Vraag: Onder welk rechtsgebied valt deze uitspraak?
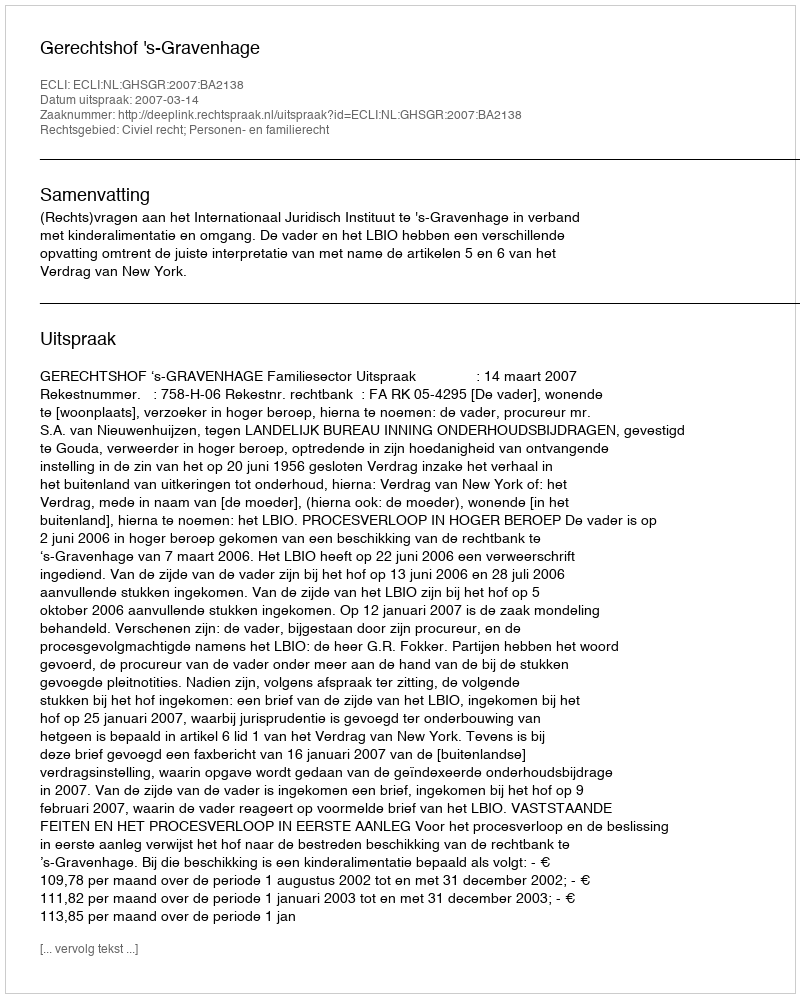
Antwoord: Civiel recht; Personen- en familierecht